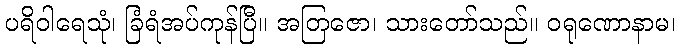
ပရိဝါရေသုံ၊ ခြံရံအပ်ကုန်ပြီ။ အတြဇော၊ သားတော်သည်။ ဝရုဏောနာမ၊